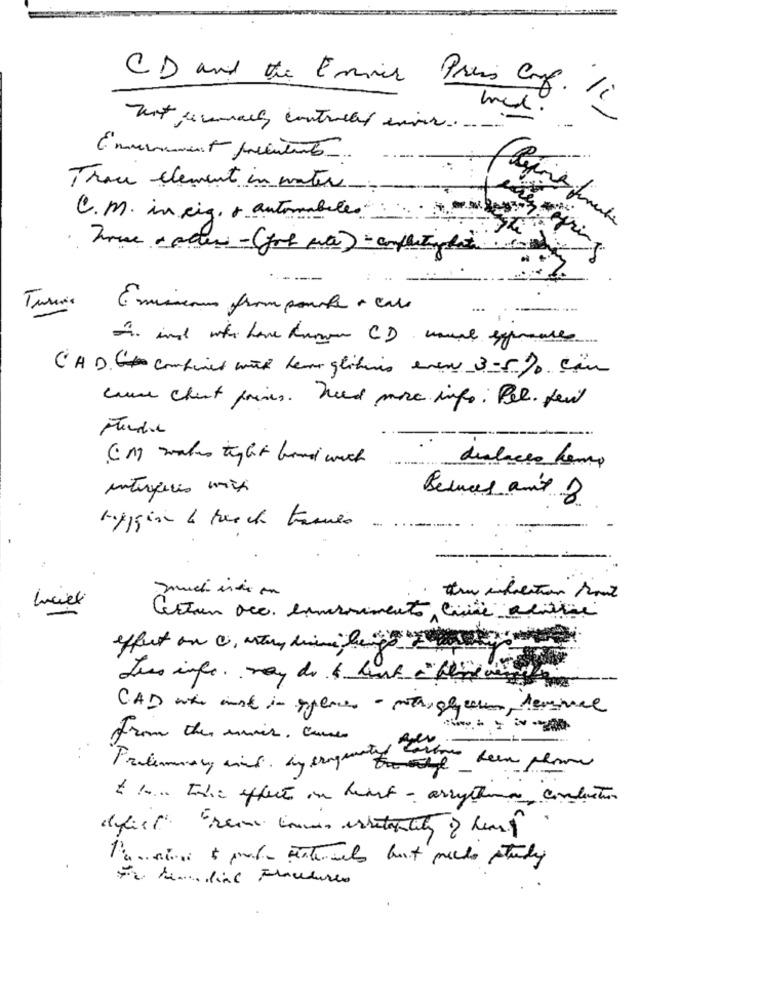
CD and the Envir Preis auf.
Thou element in water
C.M. in ring. + automobile
Emissions from ponte + cale
A. and who have known CD muse egrances.
CAD. 6 combined with her glitimes even 3-5% can
come chent prises. need more info: Pel. feet
----
CM wales tight bond with
dislaces hema
interperis mix
Beences an'd 3
rygginn & reach Frames
much und on
the infection Mont
Luciel
Cestun acc. emmovimento cine alathe
effect on a, arty time here"
--- --
from the main cure
Preliminary wind, by eingeaty fer
t .... The effect in heart - arrytema, conductor